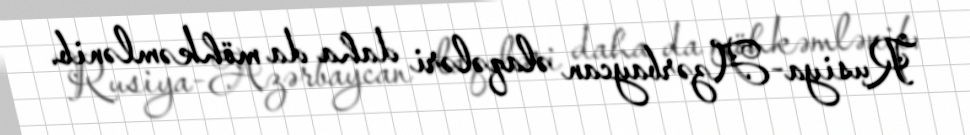
Rusiya-Azərbaycan əlaqələri daha da möhkəmlənib.